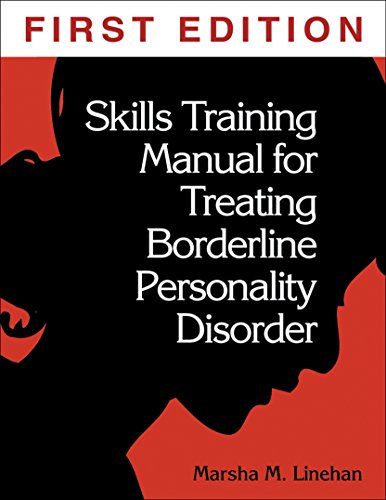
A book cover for Skills Training Manual for Treating Borderline Personality Disorder; Marsha M. Linehan; Medical Books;